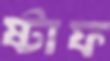
ষ্টাফ